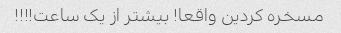
مسخره کردین واقعا! بیشتر از یک ساعت!!!!